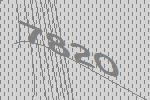
7820